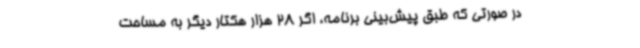
در صورتی‌ که طبق پیش‌بینی برنامه، اگر 28 هزار هکتار دیگر به مساحت‌